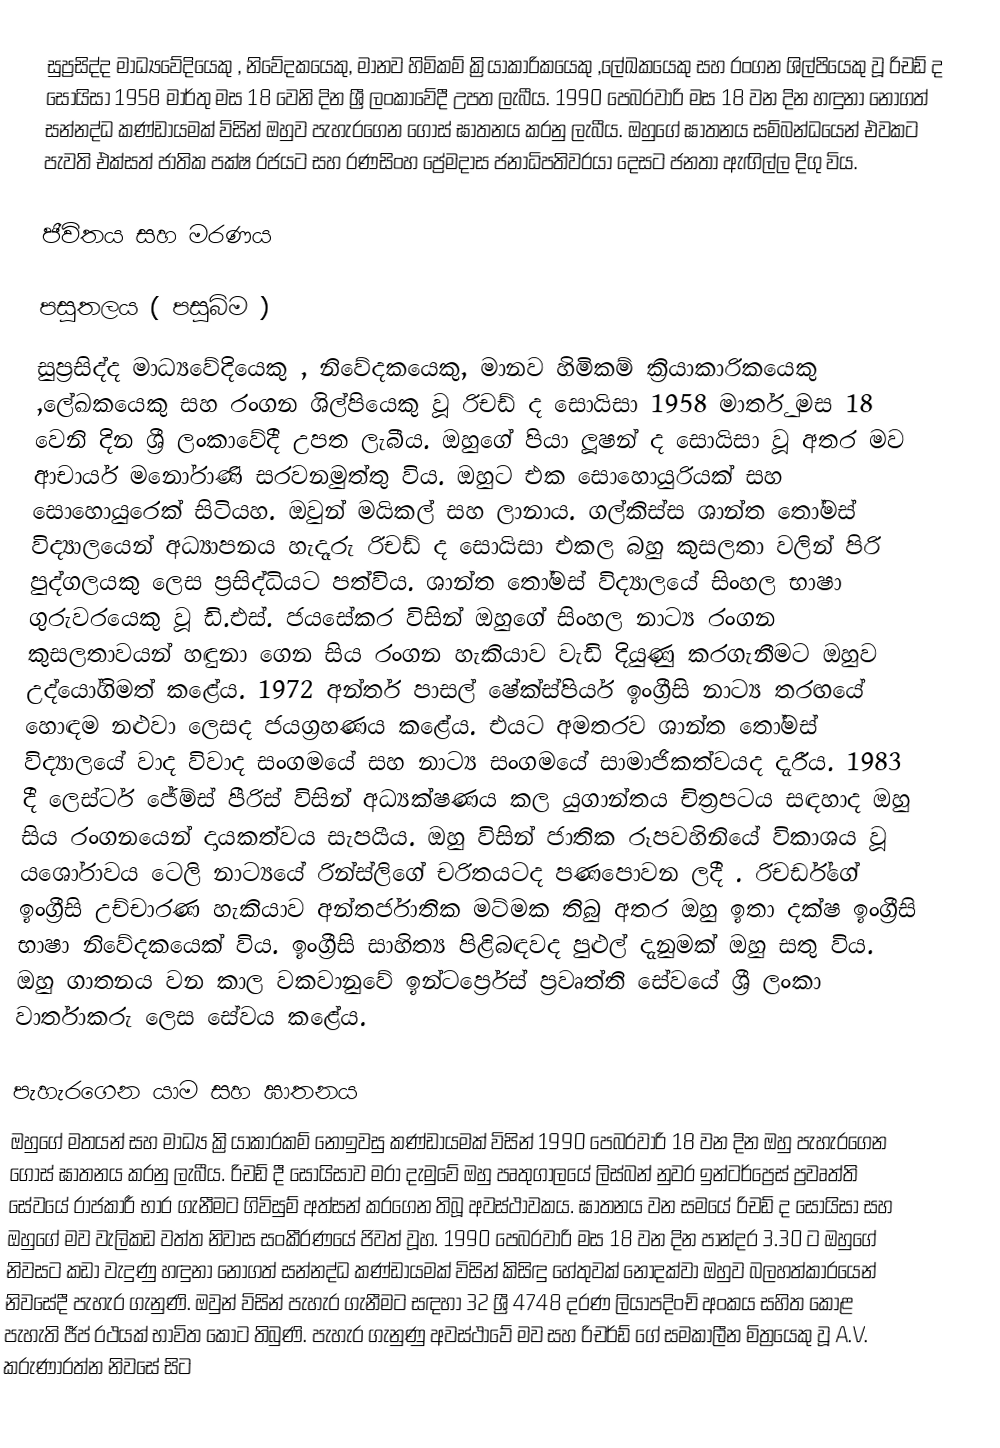
සුප්‍රසිද්ද  මාධ්‍යවේදියෙකු , නිවේදකයෙකු, මානව හිමිකම් ක්‍රියාකාරිකයෙකු ,ලේඛකයෙකු සහ රංගන ශිල්පියෙකු  වූ රිචඩ් ද සොයිසා 1958 මාර්තු මස 18 වෙනි දින ශ්‍රී ලංකාවේදී උපත ලැබීය. 1990 පෙබරවාරි මස 18 වන දින හඳුනා නොගත් සන්නද්ධ කණ්ඩායමක් විසින් ඔහුව පැහැරගෙන ගොස් ඝාතනය කරනු ලැබීය. ඔහුගේ ඝාතනය සම්බන්ධයෙන් එවකට පැවති එක්සත් ජාතික පක්ෂ රජයට සහ රණසිංහ ප්‍රේමදාස ජනාධිපතිවරයා දෙසට ජනතා ඇඟිල්ල දිගු විය.

ජීවිතය සහ මරණය

පසුතලය ( පසුබිම )
සුප්‍රසිද්ද  මාධ්‍යවේදියෙකු , නිවේදකයෙකු, මානව හිමිකම් ක්‍රියාකාරිකයෙකු ,ලේඛකයෙකු සහ රංගන ශිල්පියෙකු වූ රිචඩ් ද සොයිසා 1958 මාර්තු මස 18 වෙනි දින ශ්‍රී ලංකාවේදී උපත ලැබීය.  ඔහුගේ පියා ලූෂන් ද සොයිසා වූ අතර මව  ආචාර්ය මනෝරාණි සරවනමුත්තු  විය. ඔහුට එක සොහොයුරියක් සහ සොහොයුරෙක් සිටියහ. ඔවුන් මයිකල් සහ ලානාය. ගල්කිස්ස ශාන්ත තෝමස් විද්‍යාලයෙන් අධ්‍යාපනය හැදෑරු  රිචඩ් ද  සොයිසා එකල බහු කුසලතා වලින් පිරි පුද්ගලයකු ලෙස ප්‍රසිද්ධියට පත්විය.  ශාන්ත තෝමස් විද්‍යාලයේ සිංහල භාෂා ගුරුවරයෙකු වූ ඩි.එස්. ජයසේකර විසින් ඔහුගේ  සිංහල නාට්‍ය රංගන කුසලතාවයන් හඳුනා ගෙන සිය රංගන හැකියාව වැඩි දියුණු කරගැනීමට ඔහුව උද්යෝගිමත් කළේය. 1972 අන්තර් පාසල් ෂේක්ස්පියර් ඉංග්‍රීසි නාට්‍ය තරඟයේ හොඳම නළුවා ලෙසද ජයග්‍රහණය කළේය. එයට අමතරව ශාන්ත තෝමස් විද්‍යාලයේ වාද විවාද සංගමයේ සහ නාට්‍ය සංගමයේ සාමාජිකත්වයද දැරීය. 1983 දී ලෙස්ටර් ජේම්ස් පීරිස් විසින් අධ්‍යක්ෂණය කල යුගාන්තය චිත්‍රපටය සඳහාද ඔහු සිය රංගනයෙන් දායකත්වය සැපයීය. ඔහු විසින් ජාතික රූපවහිනියේ විකාශය වූ යශෝරාවය ටෙලි නාට්‍යයේ රින්ස්ලිගේ චරිතයටද පණපොවන ලදී . රිචර්ඩ්ගේ ඉංග්‍රීසි උච්චාරණ හැකියාව අන්තර්ජාතික මට්මක තිබු අතර ඔහු ඉතා දක්ෂ ඉංග්‍රීසි භාෂා නිවේදකයෙක් විය. ඉංග්‍රීසි සාහිත්‍ය පිළිබඳවද පුළුල් දැනුමක් ඔහු සතු විය. ඔහු ගාතනය වන කාල වකවානුවේ ඉන්ටර්ප්‍රෙස්‌ ප්‍රවෘත්ති සේවයේ ශ්‍රී ලංකා වාර්තාකරු ලෙස සේවය කළේය.

පැහැරගෙන යාම සහ ඝාතනය
ඔහුගේ මතයන් සහ මාධ්‍ය ක්‍රියාකාරකම් නොඉවසු කණ්ඩායමක් විසින් 1990 පෙබරවාරි 18 වන දින ඔහු පැහැරගෙන ගොස් ඝාතනය කරනු ලැබීය. රිචඩ් දී සොයිසාව මරා දැමුවේ ඔහු පෘතුගාලයේ ලිස්‌බන් නුවර ඉන්ටර්ප්‍රෙස්‌ ප්‍රවෘත්ති සේවයේ රාජකාරී භාර ගැනීමට ගිවිසුම් අත්සන් කරගෙන තිබූ අවස්ථාවකය. ඝාතනය වන සමයේ රිචඩ් ද සොයිසා සහ ඔහුගේ මව වැලිකඩ වත්ත නිවාස සංකීරණයේ ජිවත් වූහ. 1990 පෙබරවාරි මස 18 වන දින පාන්දර 3.30 ට ඔහුගේ නිවසට කඩා වැදුණු හඳුනා නොගත් සන්නද්ධ කණ්ඩායමක් විසින් කිසිඳු හේතුවක් නොදක්වා ඔහුව බලහත්කාරයෙන් නිවසේදී පැහැර ගැනුණි.  ඔවුන් විසින් පැහැර ගැනීමට සඳහා 32 ශ්‍රී 4748 දරණ ලියාපදිංචි අංකය සහිත කොළ පැහැති ජීප් රථයක් භාවිත කොට තිබුණි.  පැහැර ගැනුණු අවස්ථාවේ මව සහ රිචර්ඩ් ගේ සමකාලීන මිත්‍රයෙකු වූ A.V. කරුණාරත්න නිවසේ සිට